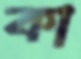
কা